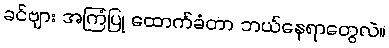
ခင်ဗျား အကြံပြု ထောက်ခံတာ ဘယ်နေရာတွေလဲ။